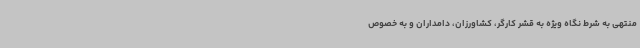
منتهی به شرط نگاه ویژه به قشر کارگر، کشاورزان، دامداران و به خصوص